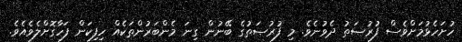
ހުށަހެޅުމަށްވެސް ފުރުޞަތު ދެވުނެވެ. މި ފުރުޞަތުގެ ބޭނުން ގިނަ މެންބަރުންތަކެއް ހިފިކަން ފަހާގޮށްލެވެއެވެ.